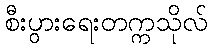
စီးပွားရေးတက္ကသိုလ်